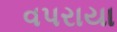
વપરાયા